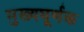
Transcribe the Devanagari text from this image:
मुख्यघूर्णक